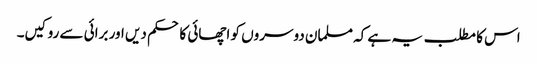
اس کا مطلب یہ ہے کہ مسلمان دوسروں کو اچھائی کا حکم دیں اور برائی سے روکیں۔